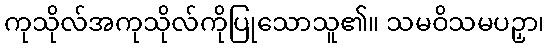
ကုသိုလ်အကုသိုလ်ကိုပြုသောသူ၏။ သမဝိသမပဉှာ၊